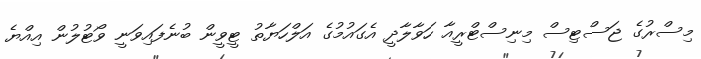
މިސްރުގެ ޖަސްޓިސް މިނިސްޓްރީއާ ހަވާލާދީ އެގައުމުގެ އަލްހަޔާތު ޓީވީން ބުނެފައިވަނީ ވޯޓުލުން އިއްޔެ